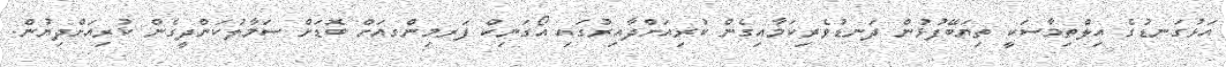
އަޅުގަނޑުގެ އިލްތިމާސަކީ ތިޔަބޭފުޅުން ދަނޑުވެރިކަމާއިގެން ކުރިއަށްދާއިރުގައި އޯގަނިކް ފަރމިންގއަށް ބޮޑަށް ސަމާލުކަންދީގެން ކުރިއަށްދިޔުން.